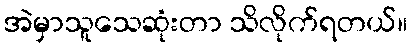
အဲမှာသူသေဆုံးတာ သိလိုက်ရတယ်။